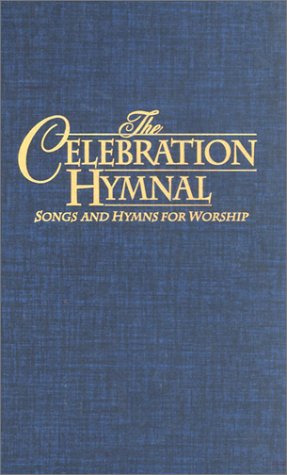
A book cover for Celebration Hymnal: Pew Edition; Unknown; Christian Books & Bibles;